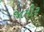
જામીર